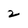
Character: 2